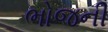
ભોજની